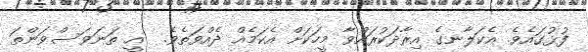
ފުޅުގައެވެ. އެކަލާނގެ އިރާދަކުރައްވާ މީހަކަށް އެކަމެއް ދެއްވަތެވެ.  އީ ތަނަވަސްވަންތަ